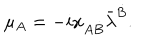
\mu _ { A } = - i x _ { A \dot { B } } \bar { \lambda } ^ { \dot { B } } .